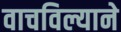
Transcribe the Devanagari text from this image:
वाचविल्याने